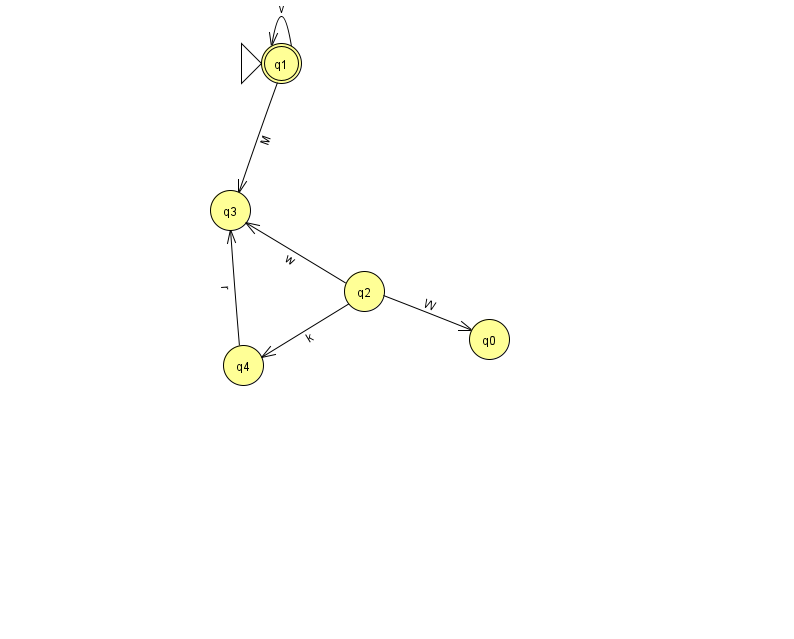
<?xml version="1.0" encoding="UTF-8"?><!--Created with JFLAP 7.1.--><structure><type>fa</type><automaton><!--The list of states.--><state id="0" name="q0"><x>489.0</x><y>326.0</y></state><state id="1" name="q1"><x>281.0</x><y>50.0</y><initial/><final/></state><state id="2" name="q2"><x>364.0</x><y>278.0</y></state><state id="3" name="q3"><x>230.0</x><y>197.0</y></state><state id="4" name="q4"><x>243.0</x><y>352.0</y></state><!--The list of transitions.--><transition><from>1</from><to>3</to><read>M</read></transition><transition><from>2</from><to>4</to><read>k</read></transition><transition><from>1</from><to>1</to><read>v</read></transition><transition><from>2</from><to>0</to><read>W</read></transition><transition><from>2</from><to>3</to><read>w</read></transition><transition><from>4</from><to>3</to><read>r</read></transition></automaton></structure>